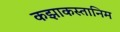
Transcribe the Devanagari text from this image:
कझाकस्तानिम